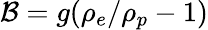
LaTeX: \mathcal{B}=g(\rho_{e}/\rho_{p}-1)